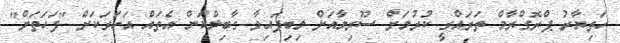
ހަތިޔާރު ޕްރޮގްރާމް ތަރައްގީ ކުރުމަށް ސޫރިޔާއަށް ލިބިފައިވާ ގާބިލްކަން އެތައް އަހަރަކަށް "ފަހަތަށް"